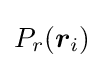
P_{r}({\boldsymbol {r}}_{i})